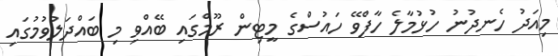
މިއަދު ހެނދުނު ހުޅުމާލެ ހާފްވޭ ހައުސްގެ މީޓިން ރޫމްގައި ބޭއްވި މި ބައްދަލުވުމުގައި